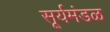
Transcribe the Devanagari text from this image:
सूर्यमंडळ